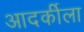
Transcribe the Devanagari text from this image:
आदर्कीला